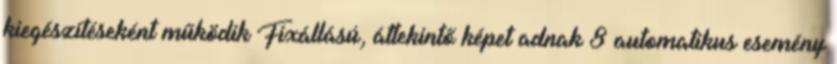
kiegészítéseként működik Fixállású, áttekintő képet adnak 8 automatikus esemény